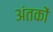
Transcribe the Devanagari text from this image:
अंतकों